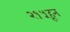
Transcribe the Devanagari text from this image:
२१५हून